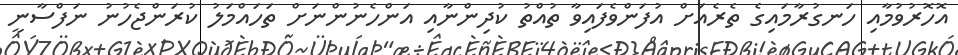
އޮހޮރުވުމާއި ހަނގުރާމައިގެ ތެރެއަށް އުފަންވެފައިވާ ތުއްތު ކުދިންނާއި އަންހެނުންނަށް ތަހައްމަލު ކުރަންޖެހުނު ނަފްސާނީ